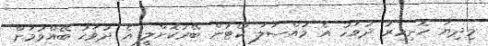
މިދިޔަ ހޮނިހިރު ދުވަހު އެ މައްސަލަ ކޯޓުން ބޭރުކޮށްލީ އެ ދުވަހު ބޭއްވުމަށް